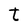
Character: t